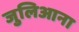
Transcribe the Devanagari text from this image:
जुलिआना